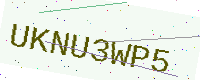
Text: UKNU3WP5